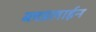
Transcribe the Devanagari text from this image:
ब्लडलाईन